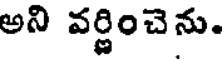
అని వర్ణించెను.